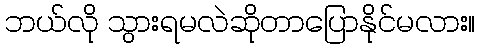
ဘယ်လို သွားရမလဲဆိုတာပြောနိုင်မလား။